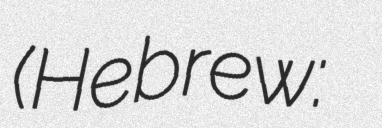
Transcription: (Hebrew: יראם